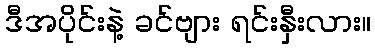
ဒီအပိုင်းနဲ့ ခင်ဗျား ရင်းနှီးလား။